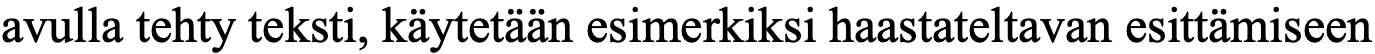
avulla tehty teksti, käytetään esimerkiksi haastateltavan esittämiseen